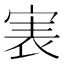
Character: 𡨲